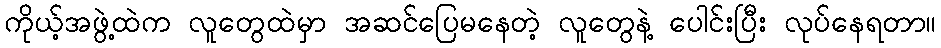
ကိုယ့်အဖွဲ့ထဲက လူတွေထဲမှာ အဆင်ပြေမနေတဲ့ လူတွေနဲ့ ပေါင်းပြီး လုပ်နေရတာ။